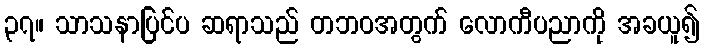
၃၇။ သာသနာပြင်ပ ဆရာသည် တဘဝအတွက် လောကီပညာကို အခယူ၍